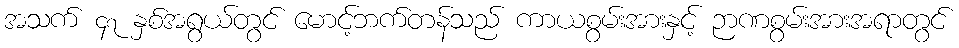
အသက် ၄၇ နှစ်အရွယ်တွင် မောင့်ဘက်တန်သည် ကာယစွမ်းအားနှင့် ဉာဏစွမ်းအားအရာတွင်